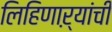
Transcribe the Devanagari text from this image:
लिहिणाऱ्यांची